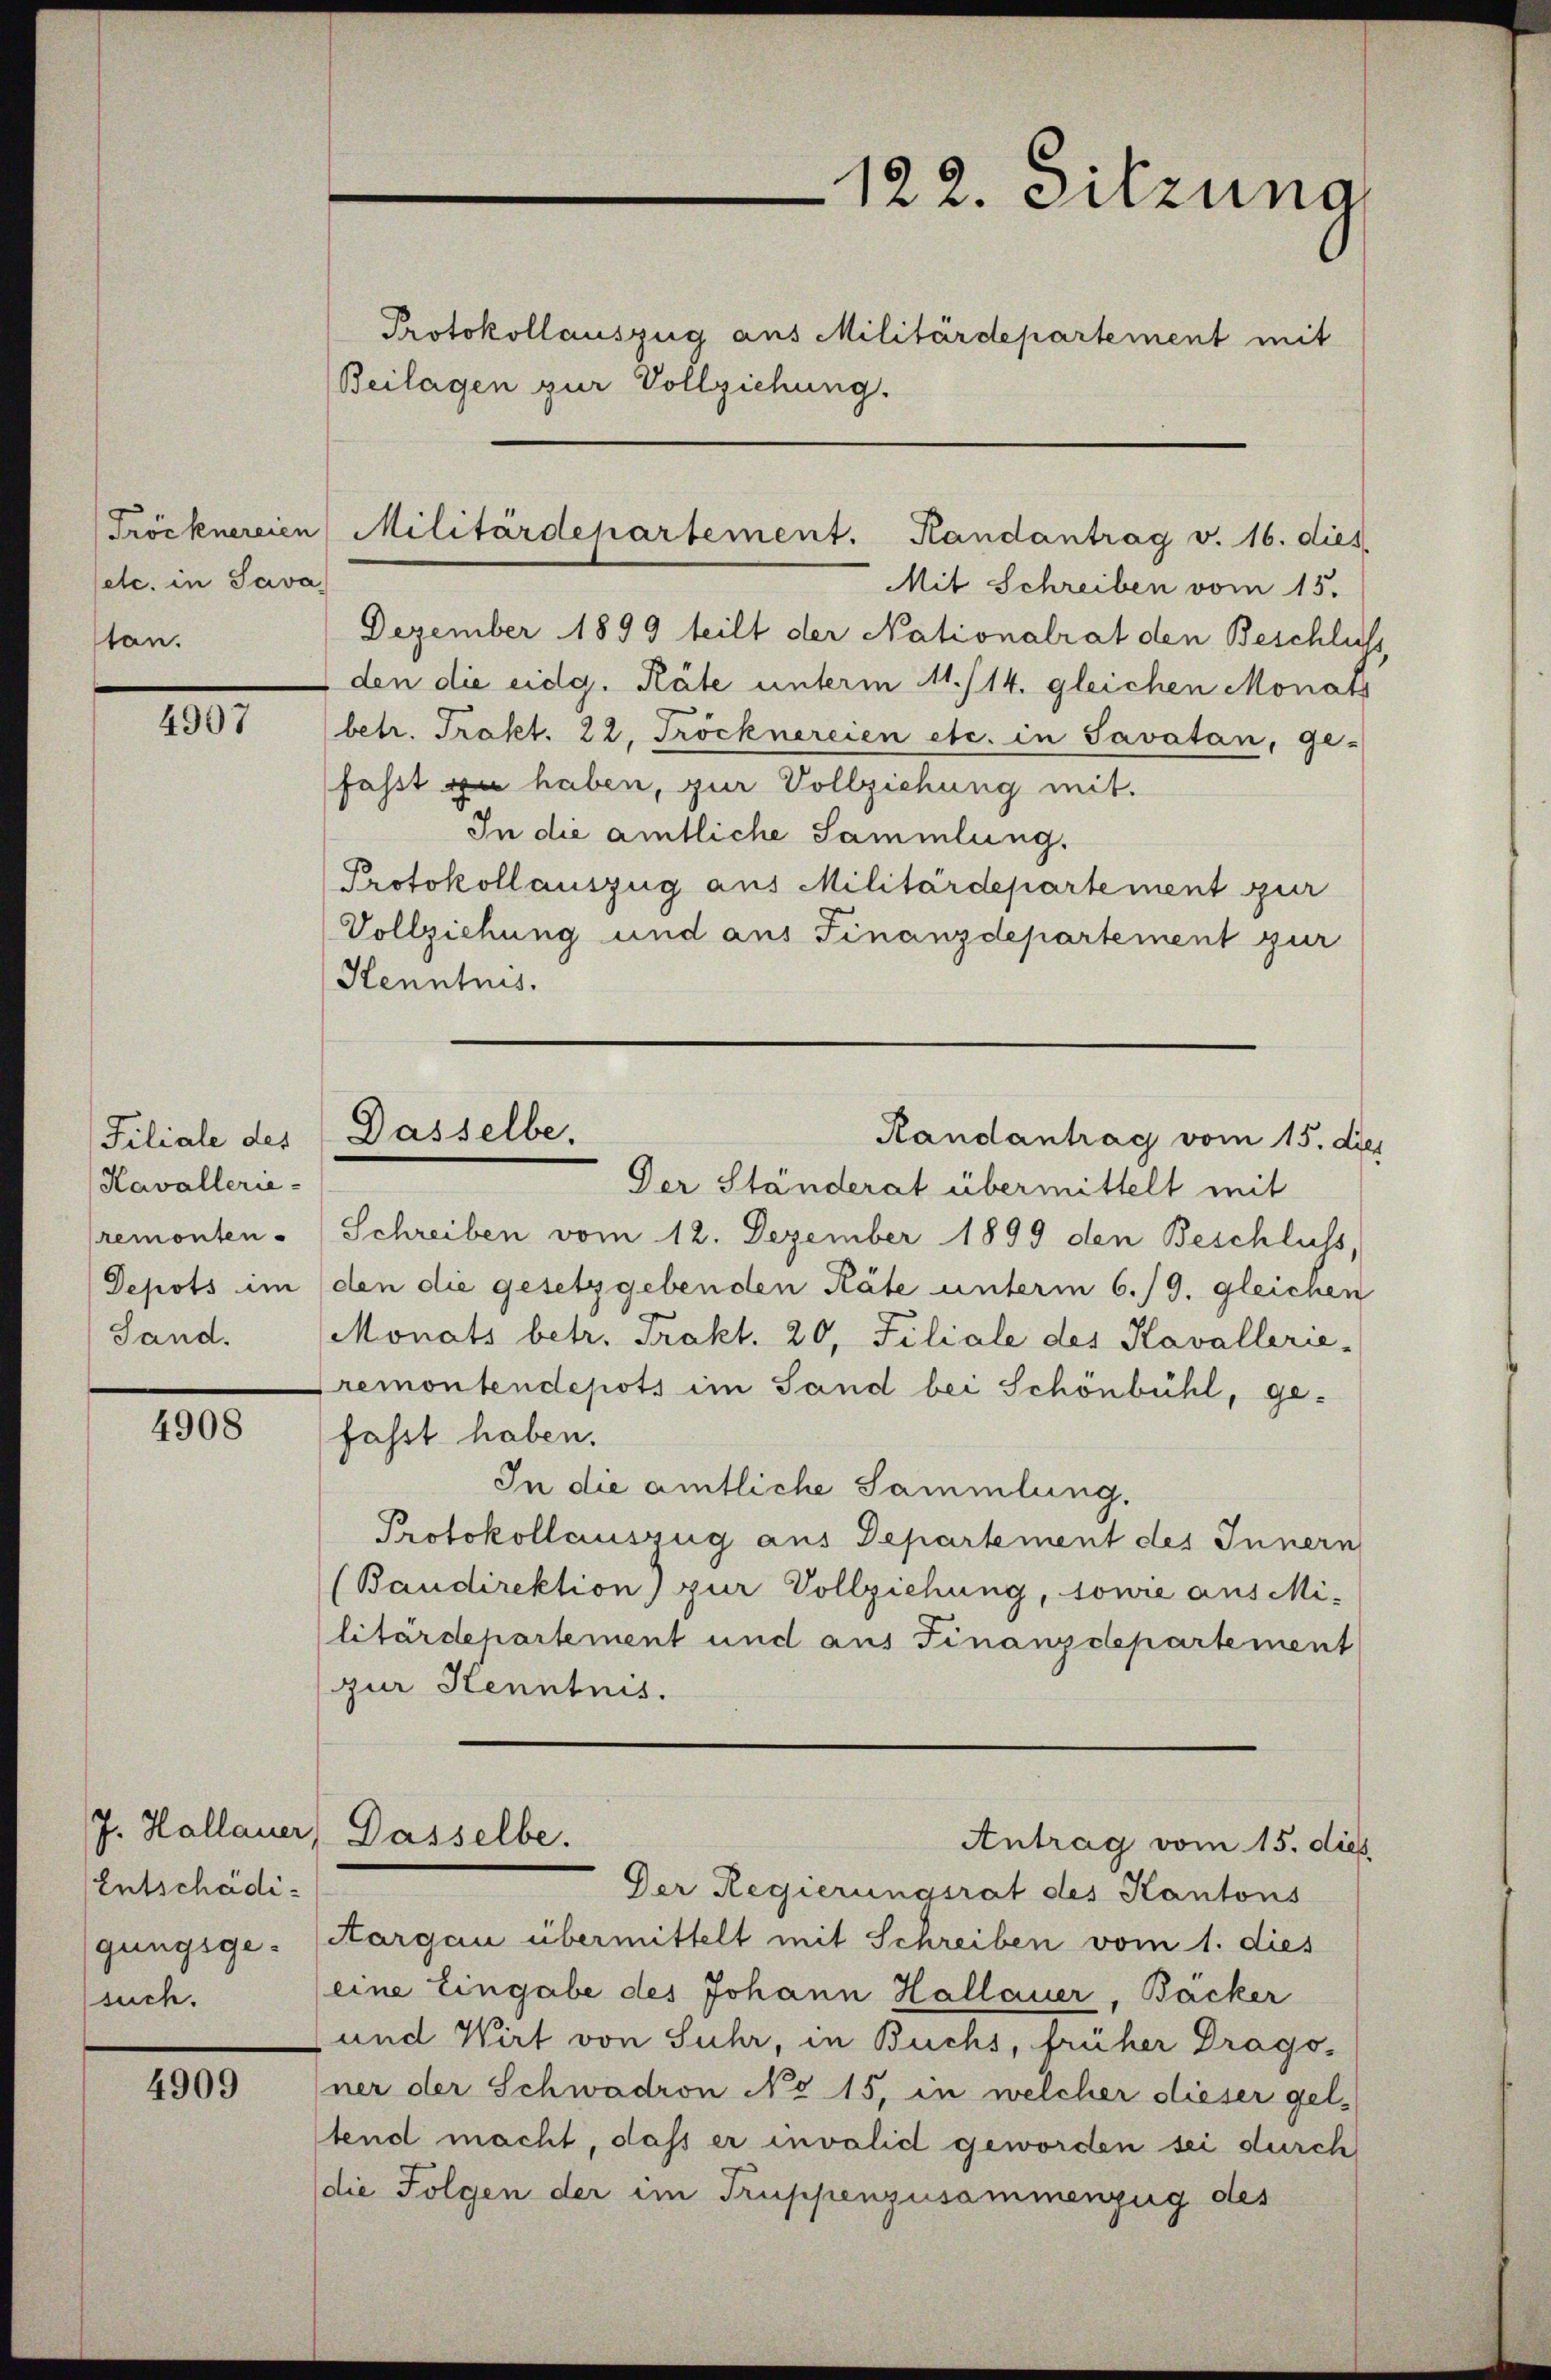
etc. in Sava
ston.

4907

Filiale des
Kavallerie-
remonten.
Depots im
Sand.

4908

J. Hallauer
Entschädigungsgesuch.

4909

Beilagen zur Vollziehung.
Mit Schreiben vom 15.
Dezember 1899 teilt der Nationalrat den Beschlus
den die eidg. Räte unterm 11./14. gleichen Monats
(betr. Trakt. 22. Trocknereien etc. in Savatan, ge-
fasst zu haben, zur Vollziehung mit.
In die amtliche Sammlung.
Protokoll auszug aus Militärdepartement zur
Vollziehung und aus Finanzdepartement zur
Kenntnis.
Der Ständerat übermittelt mit
Schreiben vom 12. Dezember 1899 den Beschluss,
den die gesetzgebenden Räte unterm 6./9. gleichen
Monats betr. Trakt. 20, Filiale des Kavallerie-
remontendepots im Sand bei Schönbühl, ge-
fasst haben.
In die amtliche Sammlung.
Protokollauszug aus Departement des Innern
(Baudirektion) zur Vollziehung, sowie aus Mi-
litärdepartement und aus Finanzdepartement
zur Kenntnis.
Dasselbe.
Antrag vom 15. dies
Der Regierungsrat des Kantons
Aargau übermittelt mit Schreiben vom 1. dies
(eine Eingabe des Johann Hallauer, Bäcker
und Wirt von Suhr, in Buchs, früher Drago-
ner der Schwadron No 15, in welcher dieser geltend macht, dass er invalid geworden sei durch
(die Folgen der im Truppenzusammenzug des

122. Sitzung
Protokollauszug aus Militärdepartement mit

Tröcknereien Militärdepartement. Randantrag v. 16. dies

Dasselbe.
Randantrag vom 15. die